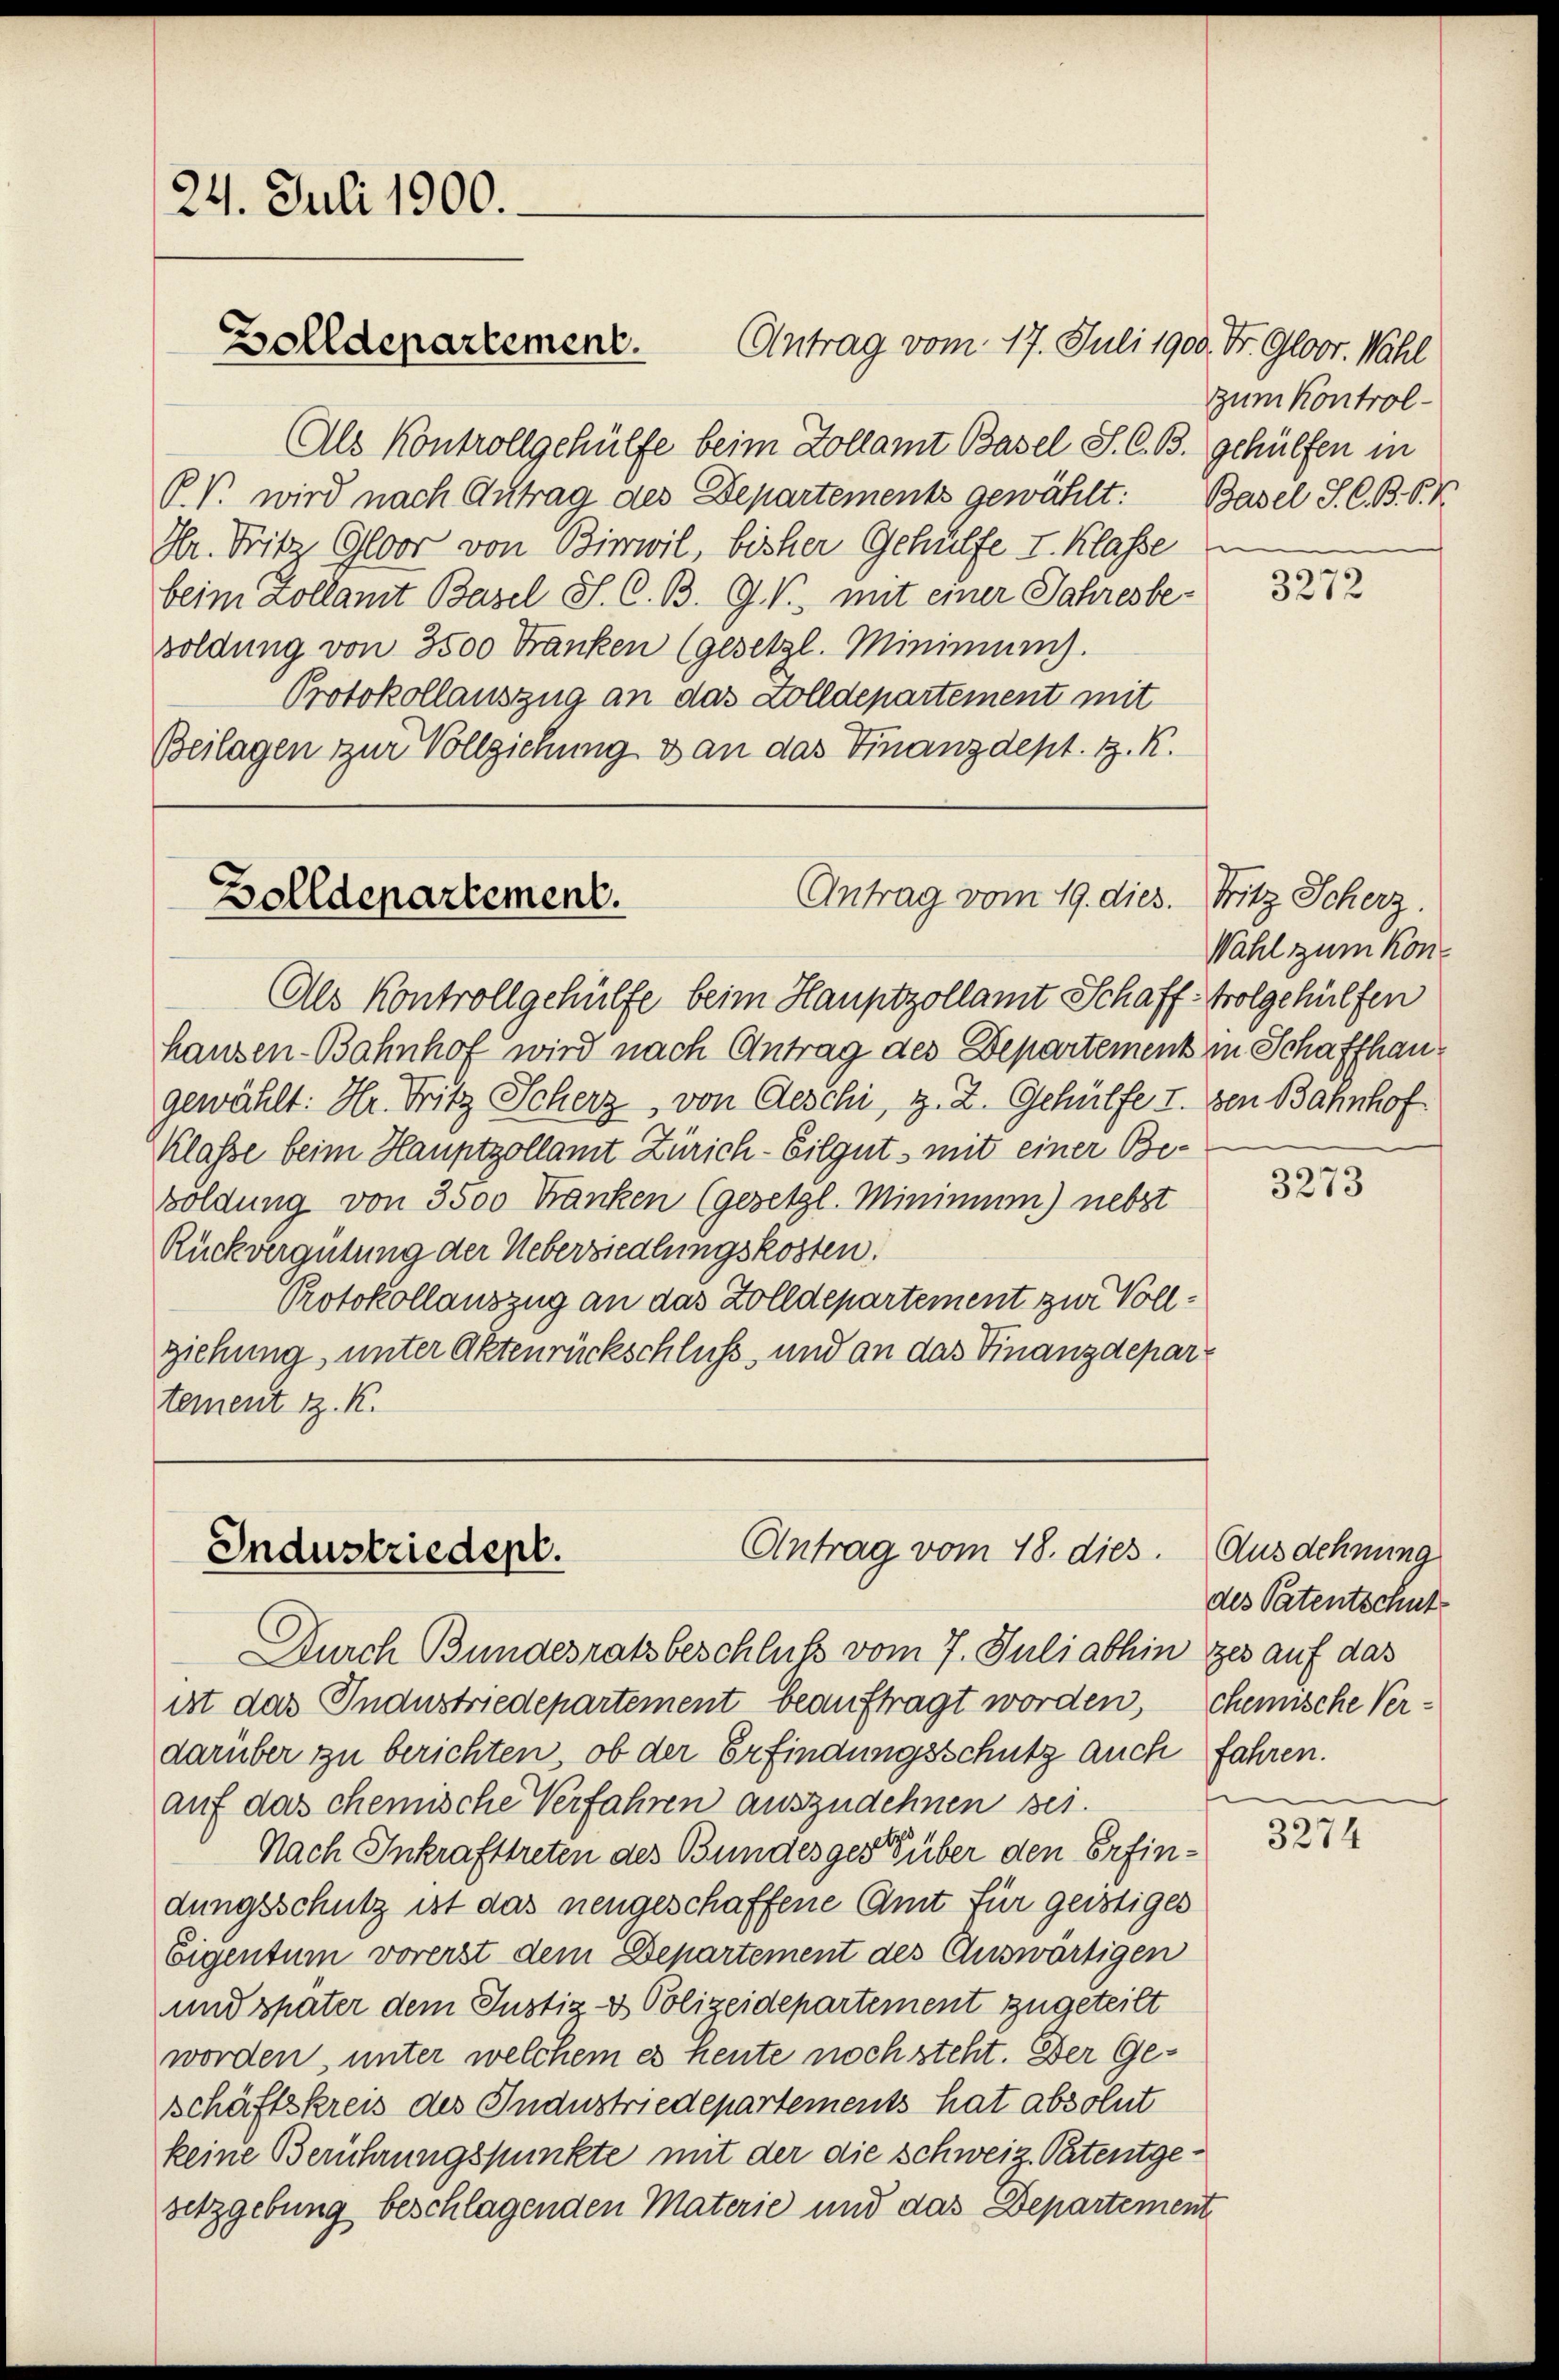
24. Juli 1900.
Zolldepartement.

Als Kontrollgehülfe beim Kollamt Basel S. C. B. gehülfen in
P. V. wird nach Antrag des Departements gewählt:
Dr. Fritz Gloor von Birwil, bisher Gehülfe I. Klasse in
beim Zollamt Basel S. C. B. G. V., mit einer Jahresbesoldung von 3500 Franken (gesetzl. Minimen).
Protokollauszug an das Colldepartement mit
Beilagen zur Vollziehung & an das Finanzdept. H. K.

Als Kontrollgehülfe beim Hauptzollamt Schaff-Wolgehülfen
hanzen-Bahnhof wird nach Antrag des Departement in Schaffhaugewählt: Hr. Fritz Scherz, von Geschi, z. Z. Gehülfe I. den Bahnhof
Klasse beim Hauptzollamt Zürich-Eilgut, mit einer Besoldung von 3500 Franken (gesetzl. Minimum) nebst
Rückvergütung der Uebersiedlungskosten.
Protokollauszug an das Zolldepartement zur Vollziehung, unter Aktenrückschluß, und an das Finanzdepartement z. K.

Durch Bundesratsbeschluß vom 7. Juli abhin zes auf das
ist das Industriedepartement beauftragt worden, chemische Verdarüber zu berichten, ob der Erfindungsschutz auch fahren.
auf das chemische Verfahren auszudehnen sei.
Nach Inkrafttreten des Bundesgeste über den Erfindungsschutz ist das neugeschaffene Amt für geistiges
Eigentum vorerst dem Departement des Auswärtigen
und später dem Justiz- & Polizeidepartement zugeteilt
worden unter welchem es heute noch steht. Der Geschäftskreis des Industriedepartements hat absolut
keine Berührungspunkte mit der die schweiz. Patentgesetzgebung beschlagenden Materie und das Departement

Antrag vom 17. Juli 1900. Fr. Gloor. Wähl

Antrag vom 19. dies. Fritz Scherz.
Bolldepartement.

Antrag vom 18. dies
Industriedept.

zum Kontrol¬
Basel J. C. B. S. 4

3272

Wahl zum Kon¬

3273

Ausdehnung
des Patentschut

3274